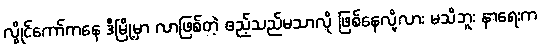
လွိုင်ကော်ကနေ ဒီမြို့မှာ လာဖြစ်တဲ့ ဧည့်သည်မသာလို ဖြစ်နေလို့လား မသိဘူး နာရေးက